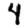
Digit: 4